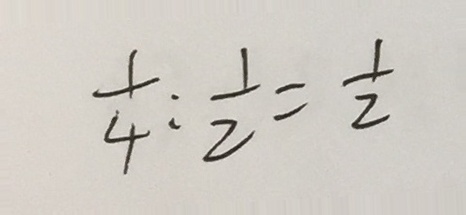
\frac { 1 } { 4 } : \frac { 1 } { 2 } = \frac { 1 } { 2 }